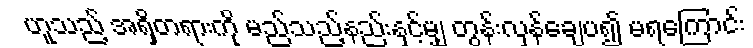
ဟူသည့် အရှိတရားကို မည်သည့်နည်းနှင့်မျှ တွန်းလှန်ချေပ၍ မရကြောင်း